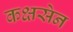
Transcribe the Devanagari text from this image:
कक्षसेन